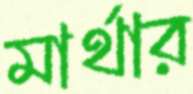
মার্থার